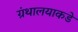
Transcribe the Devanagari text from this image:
ग्रंथालयाकडे